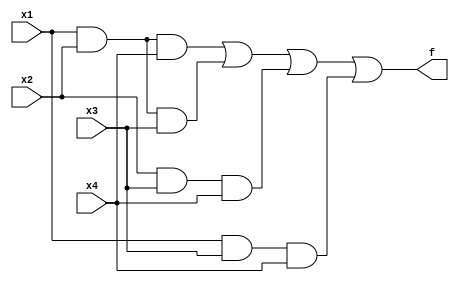
module lab23(x1,x2,x3,x4,f);
input x1,x2,x3,x4;
output f;
assign f = x1&x2&x4 | x1&x2&x3 | x2&x3&x4 | x1&x3&x4;
endmodule